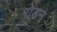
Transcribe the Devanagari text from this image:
रोडन